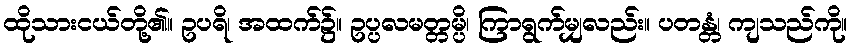
ထိုသားငယ်တို့၏။ ဥပရိ၊ အထက်၌။ ဥပ္ပလမတ္တမ္ပိ၊ ကြာရွက်မျှလည်း။ ပတန္တံ၊ ကျသည်ကို။